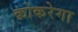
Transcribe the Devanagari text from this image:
कोकरेगा